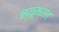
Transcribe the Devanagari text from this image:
न्यूमरल